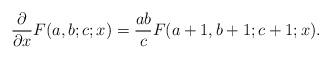
LaTeX: \begin{align*}\frac{\partial}{\partial x}{}F(a,b;c;x)=\frac{ab}{c}{}F(a+1,b+1;c+1;x).\end{align*}